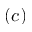
( c )